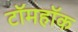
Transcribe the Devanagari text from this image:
टॉमहॉक